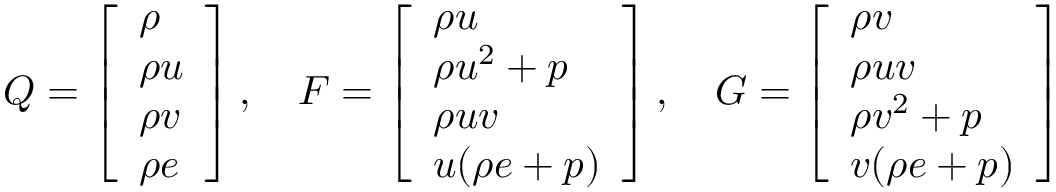
Q = \left[ \begin{array} { l } { \rho } \\ { \rho u } \\ { \rho v } \\ { \rho e } \end{array} \right] , \quad F = \left[ \begin{array} { l } { \rho u } \\ { \rho u ^ { 2 } + p } \\ { \rho u v } \\ { u ( \rho e + p ) } \end{array} \right] , \quad G = \left[ \begin{array} { l } { \rho v } \\ { \rho u v } \\ { \rho v ^ { 2 } + p } \\ { v ( \rho e + p ) } \end{array} \right]